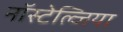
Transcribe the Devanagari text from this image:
नॉस्टेल्जिया